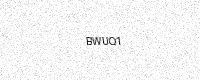
Text: BWUQ1